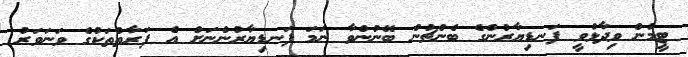
ޓީމުން ވިދާޅުވީ ފަނޑިޔާރުންގެ ބެންޗުން ބޭނުންވާ ނަމަ ފަނޑިޔާރުންނަށް އެ ފަރާތްތަކުގެ ވަނަވަރު